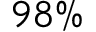
9 8 \%